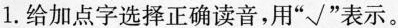
1.给加点字选择正确读音，用”√”表示。